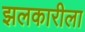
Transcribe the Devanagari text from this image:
झलकारीला